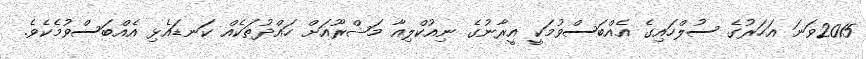
2015ވަނަ އަހަރުގެ ސުލްހައިގެ އެއްބަސްވުމަކީ އީރާނުގެ ނިއުކްލިއާ މަޝްރޫއަށް ހައްދުތަކެއް ކަނޑައެޅި އެއްބަސްވުމެކެވެ.